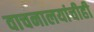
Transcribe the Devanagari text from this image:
वाचनालयांचीही